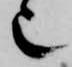
也